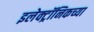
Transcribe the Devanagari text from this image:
इलेक्ट्रॉनिकच्या